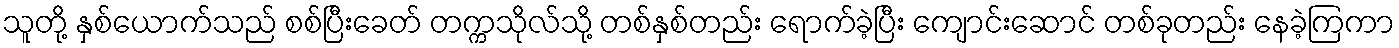
သူတို့ နှစ်ယောက်သည် စစ်ပြီးခေတ် တက္ကသိုလ်သို့ တစ်နှစ်တည်း ရောက်ခဲ့ပြီး ကျောင်းဆောင် တစ်ခုတည်း နေခဲ့ကြကာ